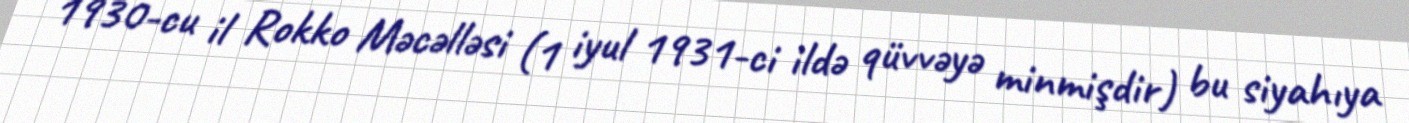
1930-cu il Rokko Məcəlləsi (1 iyul 1931-ci ildə qüvvəyə minmişdir) bu siyahıya